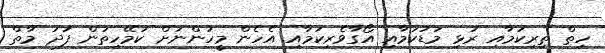
ހިތް ތިރިކަމާއި ރުޅި މަޑުކަމާއި އޯގާވެރިކަމާއި އެހެން މީހުންނަށް ކަމޭހިތުން ފަދަ މާތް